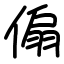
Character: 傓